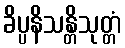
ခိပ္ပနိသန္တိသုတ္တံ